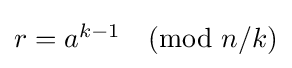
{\textstyle r=a^{k-1}{\pmod {n/k}}}